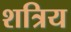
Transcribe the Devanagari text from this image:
शत्रिय